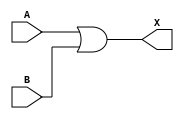
`timescale 1ns / 1ps

module or_gate(
    input A,
    input B,
    output X
    );
    
    assign X = A | B;
endmodule